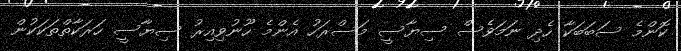
ކޮންމެ ސަބަބަކާ ހެދި ނަމަވެސް ސިޔާސީ މަސްރަހު އެންމެ ހޫނުވިއިރު ސިޔާސީ ހަރަކާތްތަކަކުން